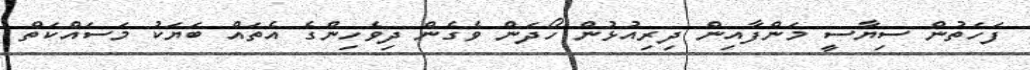
ފަހަތުން ސިޔާސީ މަންފާއިން ދިރިއުޅުން ހޯދަން ވެގެން ދިވެހިންގެ އެތައް ބަޔަކު މަސައްކަތް